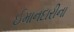
ઈમાનદારીના